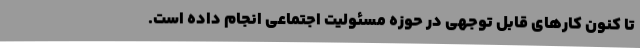
تا کنون کارهای قابل توجهی در حوزه مسئولیت اجتماعی انجام داده است.